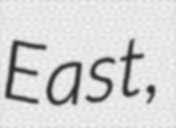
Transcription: East,